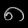
Digit: ၈